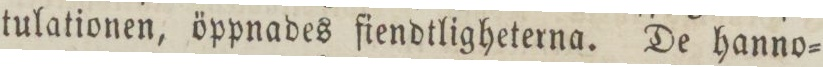
tulationen, öppnades fiendtligheterna. De hanno=